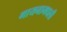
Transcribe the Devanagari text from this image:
गायनामधली